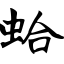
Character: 蛤